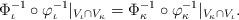
LaTeX: \begin{align*}\Phi_{\iota}^{-1}\circ\varphi_{\iota}^{-1}|_{V_\iota\cap V_\kappa}=\Phi_{\kappa}^{-1}\circ\varphi_{\kappa}^{-1}|_{V_\kappa\cap V_\iota}.\end{align*}